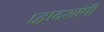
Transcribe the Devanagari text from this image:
।द्वादशांगी